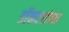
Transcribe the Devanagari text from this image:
डॉकटरांच्या